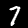
Label: 7